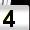
Digit: 4